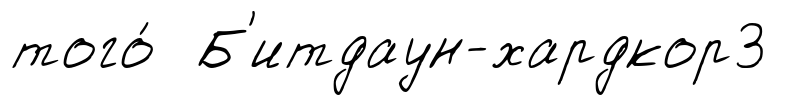
того́ Б'итдаун-хардкор3